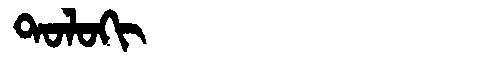
Manchu: ᡨᠣᠯᠣᡴᡳ
Romanization: TOLOKI